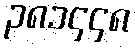
၃၈၁၄၄၈